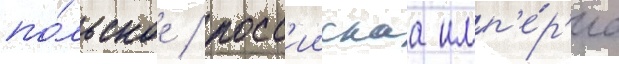
по́льское / росс'иискаа имп'е́р'иа